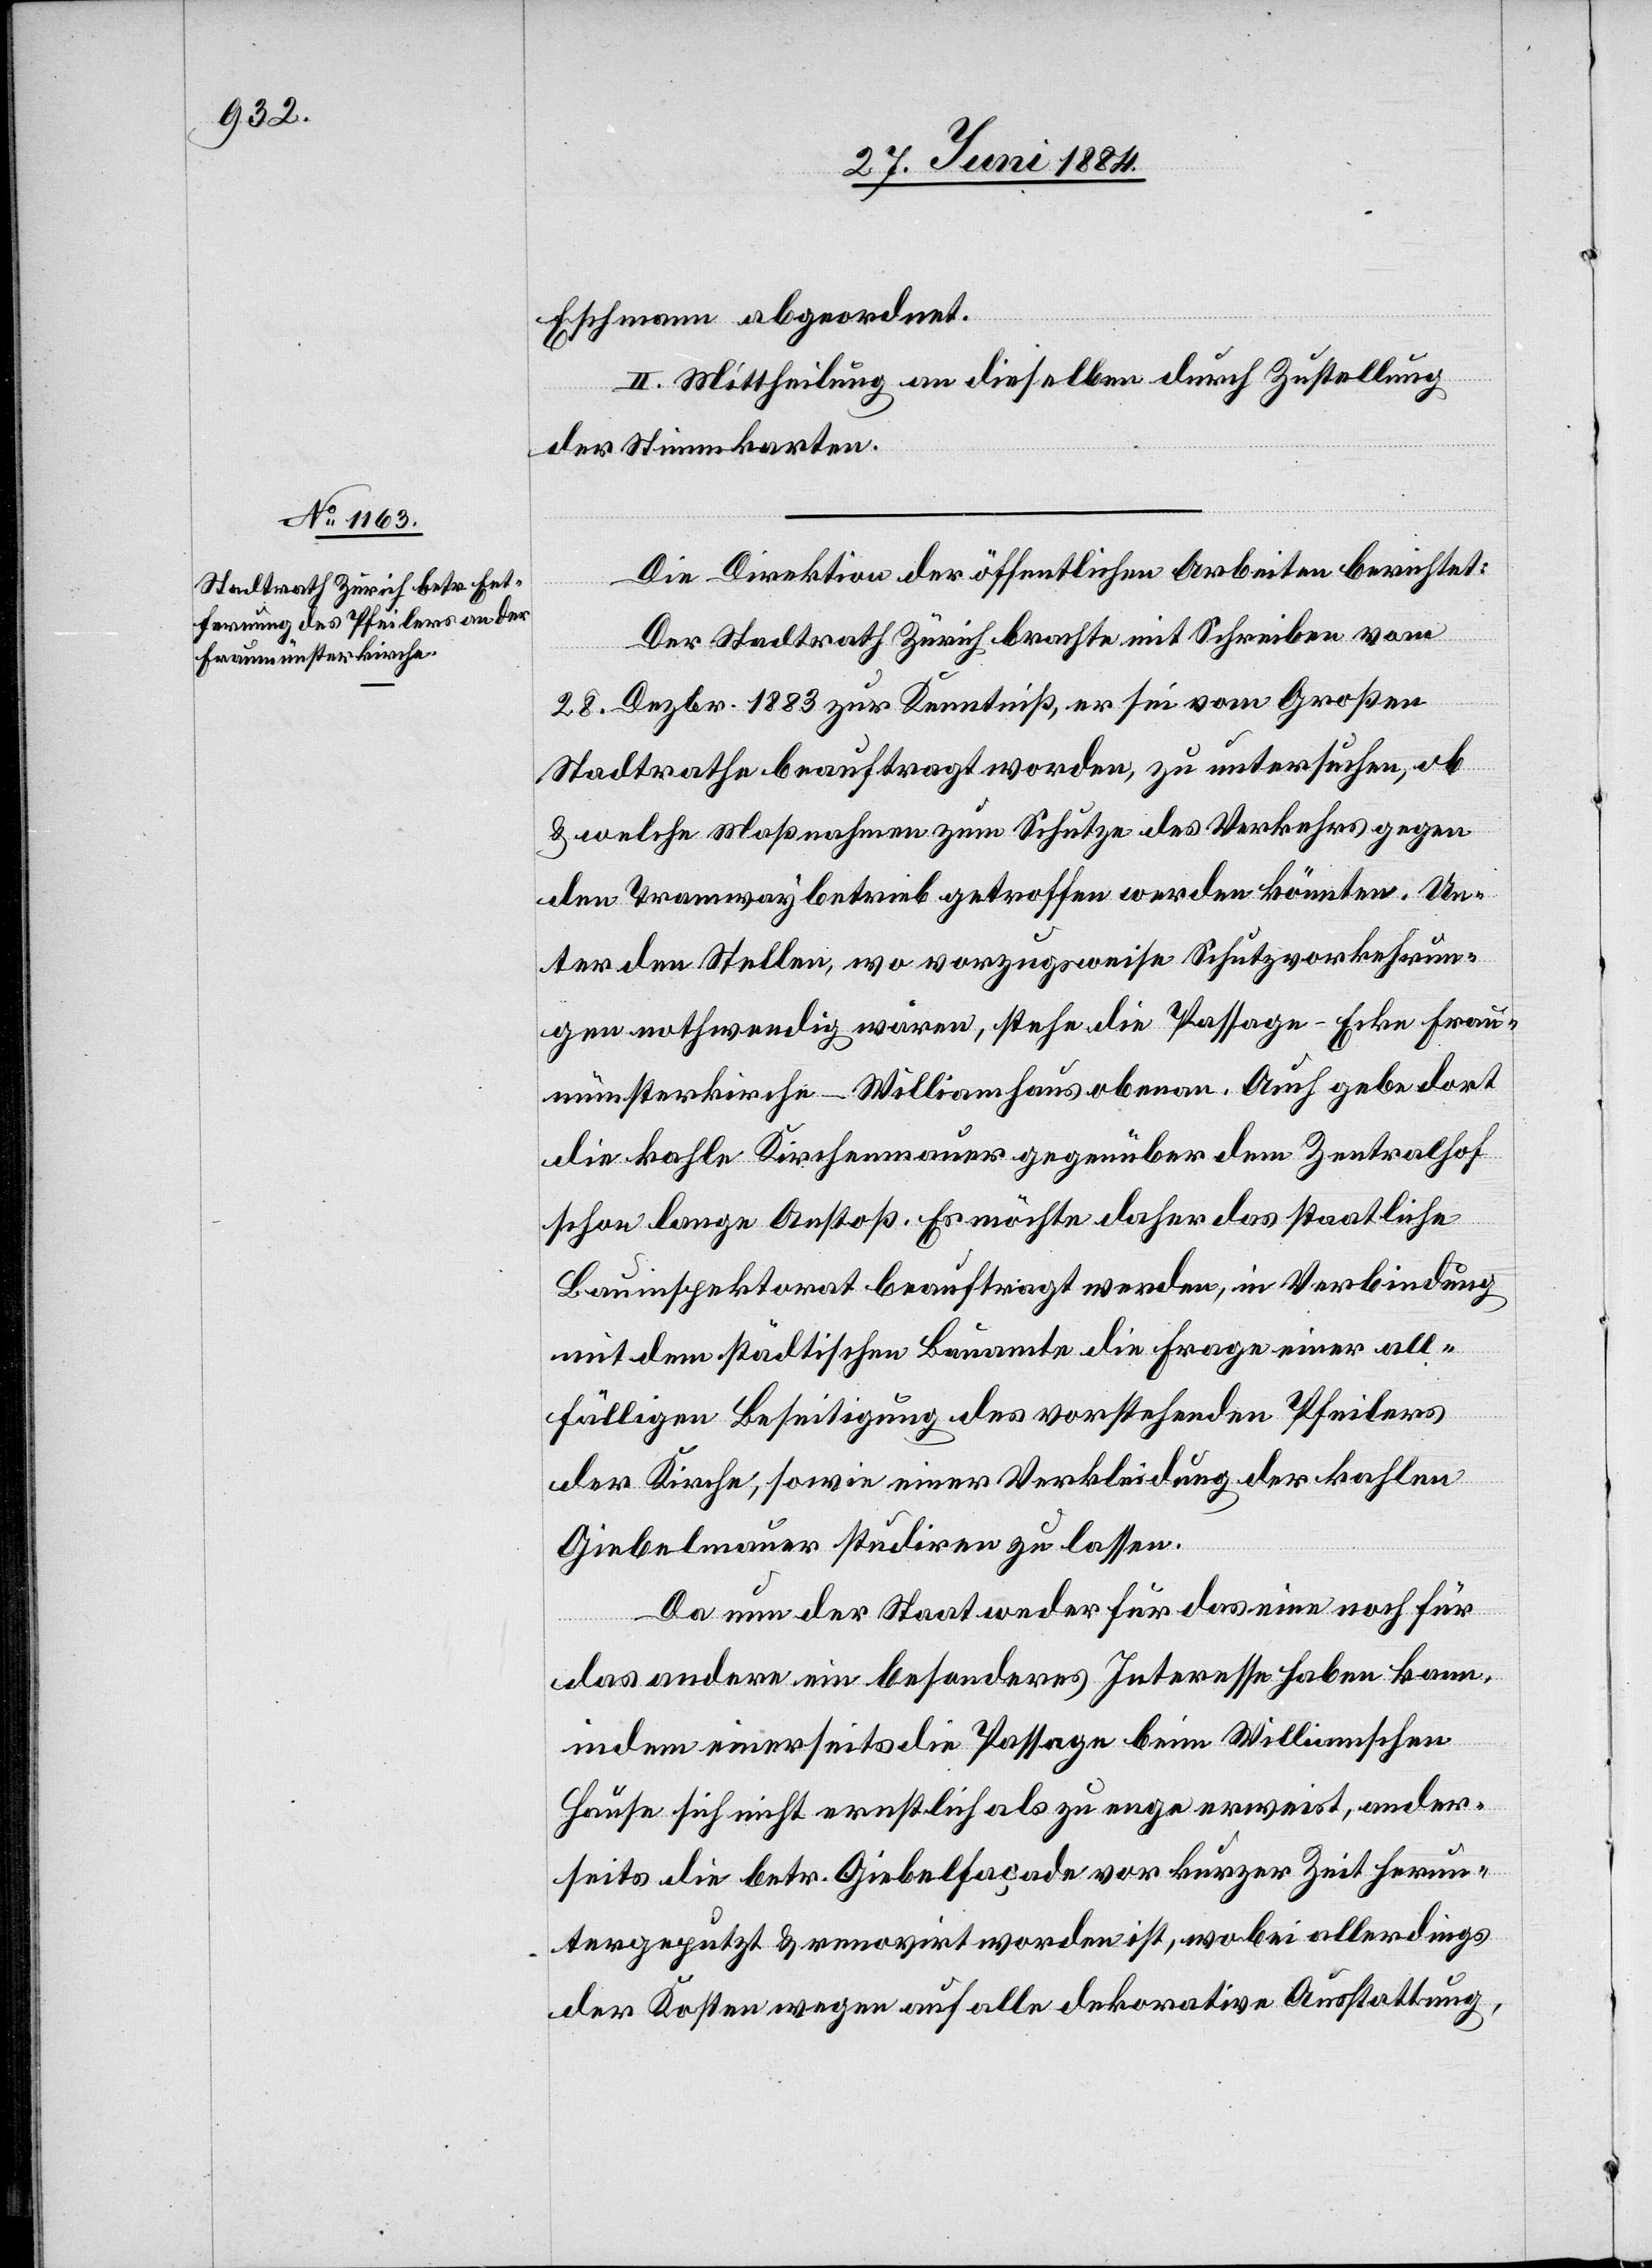
Eschmann abgeordnet.
II. Mittheilung an dieselben durch Zustellung
der Stimmkarten.
Die Direktion der öffentlichen Arbeiten berichtet:
Der Stadtrath Zürich brachte mit Schreiben vom
28. Dezbr. 1883 zur Kenntniß, er sei vom Großen
Stadtrathe beauftragt worden, zu untersuchen, ob
& welche Maßnahmen zum Schutze des Verkehrs gegen
den Tramwaybetrieb getroffen werden könnten. Un¬
ter den Stellen, wo vorzugsweise Schutzvorkehrun¬
gen nothwendig wären, stehe die Passage Ecke Frau¬
münsterkirche-Williamhaus obenan. Auch gebe dort
die kahle Kirchenmauer gegenüber dem Zentralhof
schon lange Anstoß. Es möchte daher das staatliche
Bauinspektorat beauftragt werden, in Verbindung
mit dem städtischen Bauamte die Frage einer all¬
fälligen Beseitigung des vorstehenden Pfeilers
der Kirche, sowie einer Verkleidung der kahlen
Giebelmauer studiren zu lassen.
Da nun der Staat weder für das seine noch für
das andere ein besonderes Interesse haben kann,
indem einerseits die Passage beim Williamschen
Hause sich nicht ernstlich als zu enge erweist, ander¬
seits die betr. Giebelfaçade vor kurzer Zeit herun¬
tergeputzt & renovirt worden ist, wobei allerdings
der Kosten wegen auf alle dekorative Ausstattung,